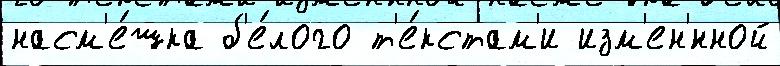
насм'е́шка б'е́лого т'е́кстам'и изм'ен'́нной